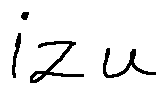
i z u